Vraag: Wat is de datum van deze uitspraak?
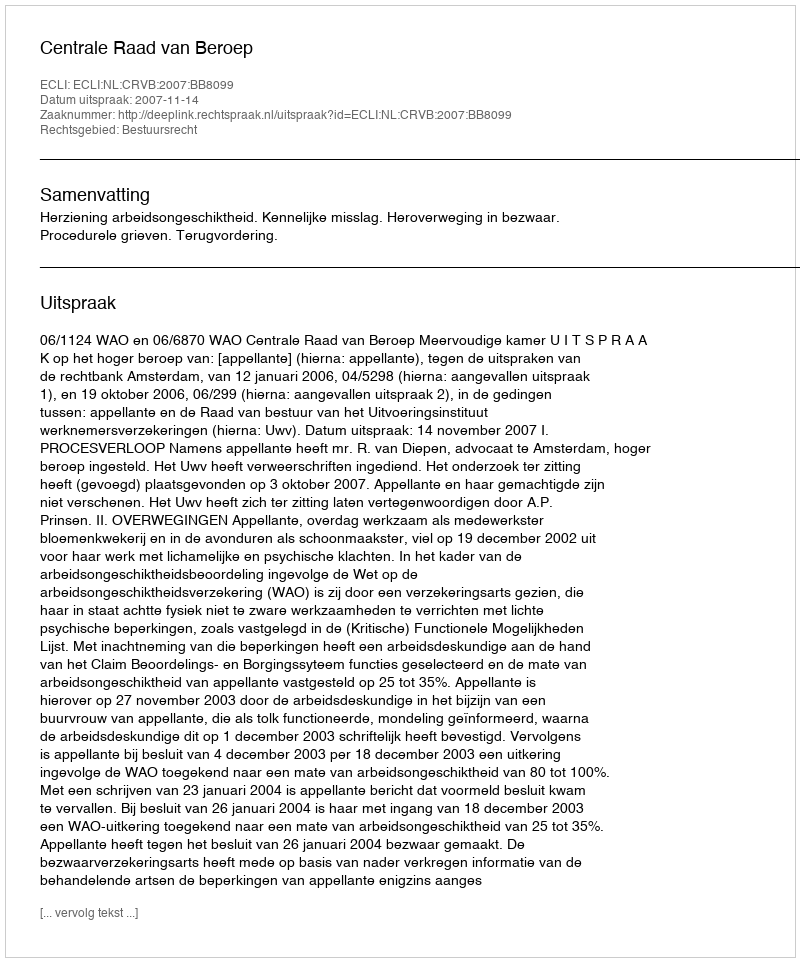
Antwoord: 2007-11-14